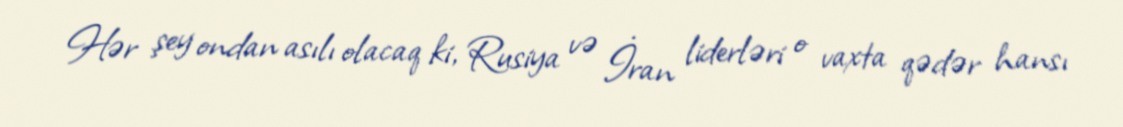
Hər şey ondan asılı olacaq ki, Rusiya və İran liderləri o vaxta qədər hansı